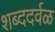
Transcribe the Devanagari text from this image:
शब्ददर्वळ